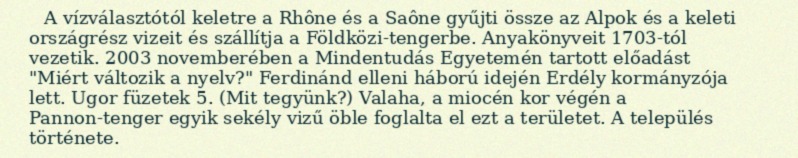
A vízválasztótól keletre a Rhône és a Saône gyűjti össze az Alpok és a keleti országrész vizeit és szállítja a Földközi-tengerbe. Anyakönyveit 1703-tól vezetik. 2003 novemberében a Mindentudás Egyetemén tartott előadást "Miért változik a nyelv?" Ferdinánd elleni háború idején Erdély kormányzója lett. Ugor füzetek 5. (Mit tegyünk?) Valaha, a miocén kor végén a Pannon-tenger egyik sekély vizű öble foglalta el ezt a területet. A település története.